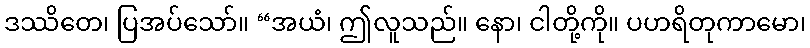
ဒဿိတေ၊ ပြအပ်သော်။ “အယံ၊ ဤလူသည်။ နော၊ ငါတို့ကို။ ပဟရိတုကာမော၊